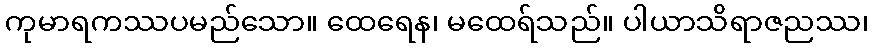
ကုမာရကဿပမည်သော။ ထေရေန၊ မထေရ်သည်။ ပါယာသိရာဇညဿ၊